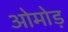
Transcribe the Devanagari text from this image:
ओमोड़